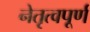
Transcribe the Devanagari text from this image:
नेतृत्वपूर्ण